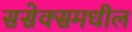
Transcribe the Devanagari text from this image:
ससेक्समधील